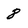
Character: 8